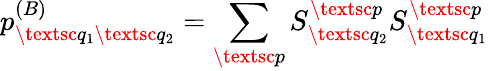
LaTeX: p_{\textsc{q}_{1}\textsc{q}_{2}}^{(B)}=\sum_{\textsc{p}}S_{\textsc{q}_{2}}^{\textsc{p}}S_{\textsc{q}_{1}}^{\textsc{p}}